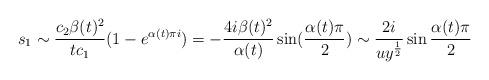
LaTeX: \begin{align*}{}s_{1}\sim\frac{c_{2}\beta(t)^{2}}{tc_{1}}(1-e^{\alpha(t)\pi i}) =-\frac{4i\beta(t)^{2}}{\alpha(t)}\sin(\frac{\alpha(t)\pi}{2}) \sim \frac{2i}{uy^{\frac{1}{2}}}\sin{\frac{\alpha(t)\pi}{2}}\end{align*}